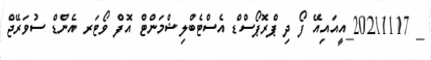
_ 20211117_އީއައިއޭ ފޯ ދި ޕްރޮޕޯސްޑް އެސްޓެބްލިޝްމަންޓް އޮފް ވޯޓަރ އެންޑް ސުވަރޭޖް